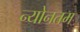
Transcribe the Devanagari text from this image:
न्योनतम